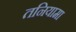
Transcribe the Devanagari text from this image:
तनियामा